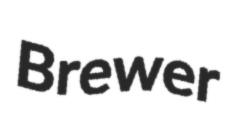
Brewer